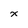
Character: x